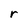
Character: r